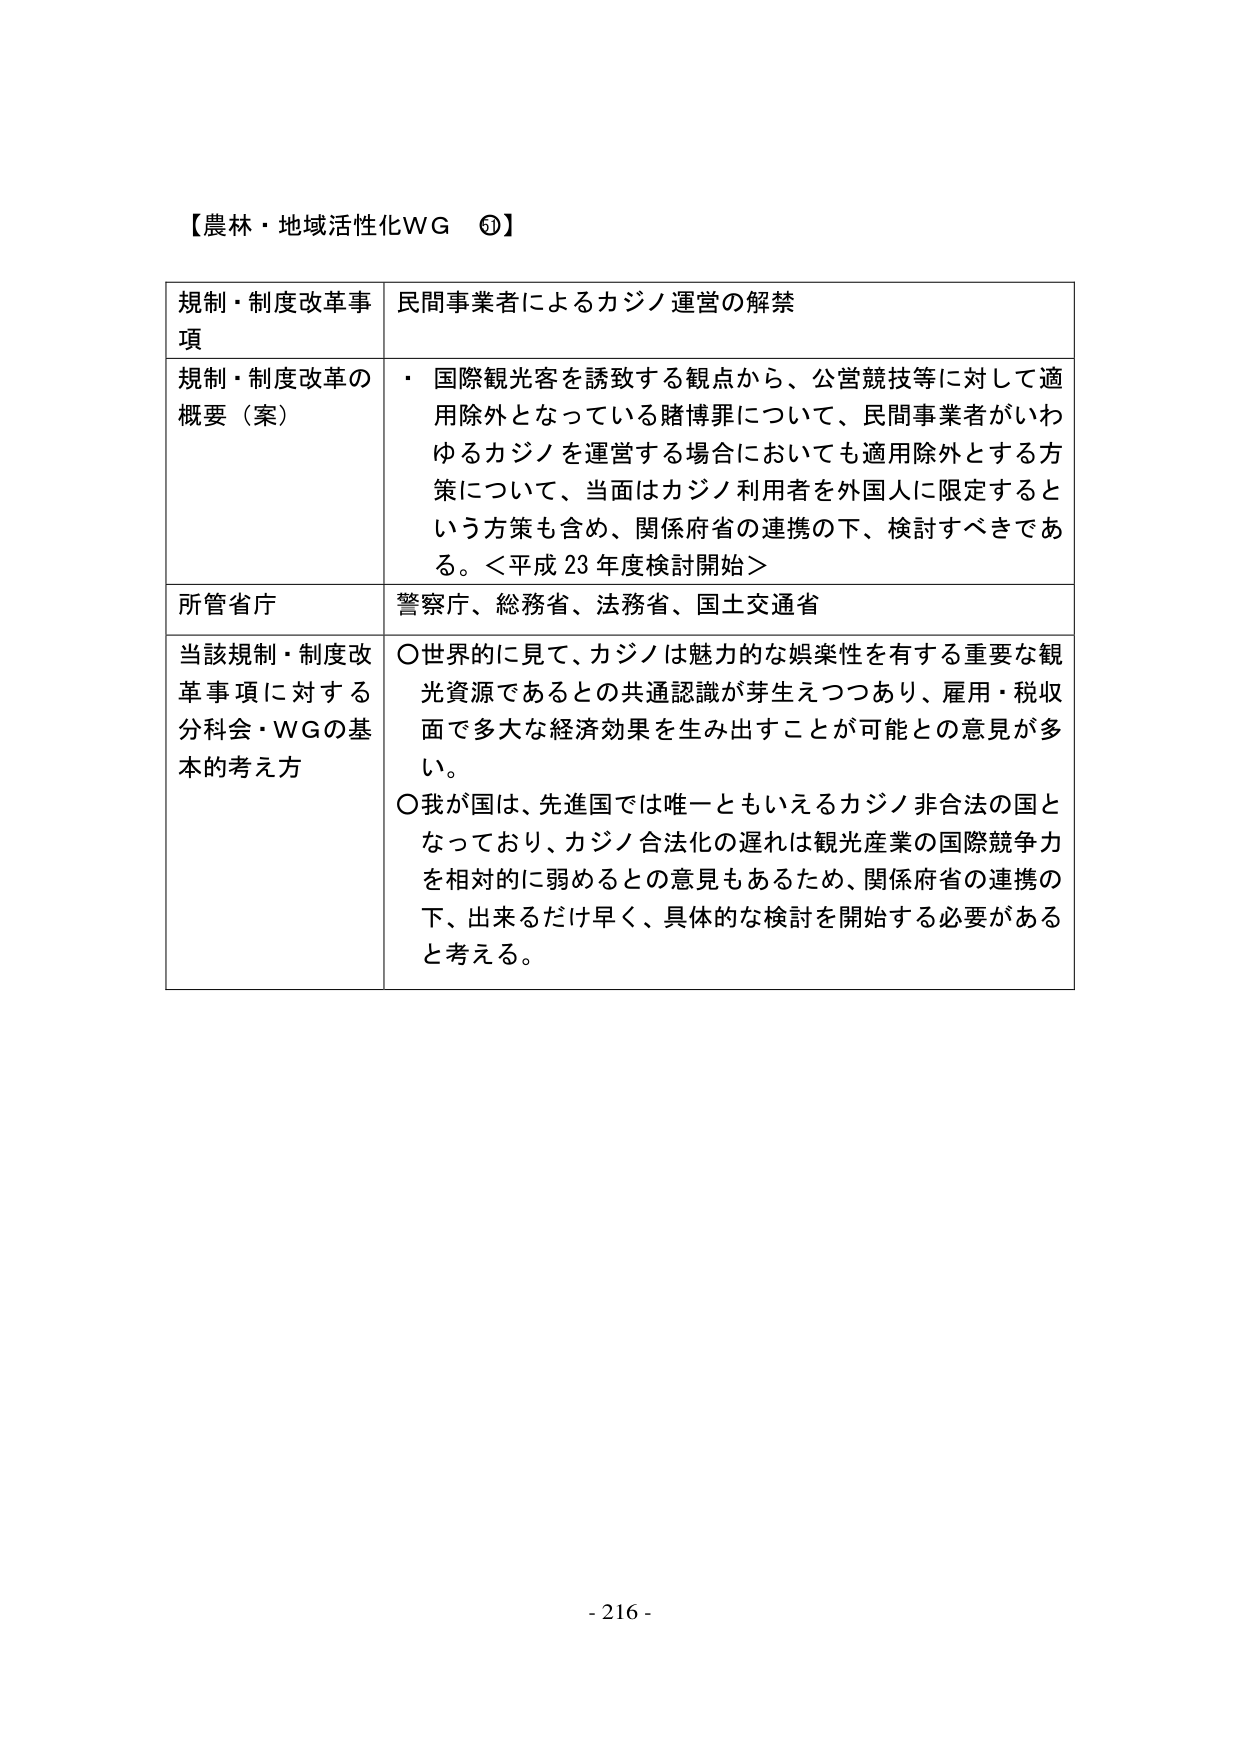
【農林・地域活性化WG ⑤】

規制・制度改革事項　民間事業者によるカジノ運営の解禁

規制・制度改革の概要（案）　・ 国際観光客を誘致する観点から、公営競技等に対して適用除外となっている賭博罪について、民間事業者がいわゆるカジノを運営する場合においても適用除外とする方策について、当面はカジノ利用者を外国人に限定するという方策も含め、関係府省の連携の下、検討すべきである。＜平成23年度検討開始＞

所管省庁　警察庁、総務省、法務省、国土交通省

当該規制・制度改革事項に対する分科会・WGの基本的考え方　○世界的に見て、カジノは魅力的な娯楽性を有する重要な観光資源であるとの共通認識が芽生えつつあり、雇用・税収面で多大な経済効果を生み出すことが可能との意見が多い。
○我が国は、先進国では唯一ともいえるカジノ非合法の国となっており、カジノ合法化の遅れは観光産業の国際競争力を相対的に弱めるとの意見もあるため、関係府省の連携の下、出来るだけ早く、具体的な検討を開始する必要があると考える。

- 216 -